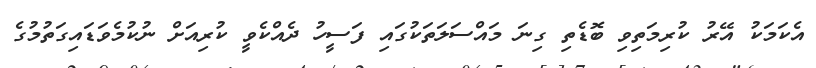
އެކަމަކު އޭރު ކުރިމަތިވި ބޮޑެތި ގިނަ މައްސަލަތަކުގައި ފަސީހު ދެއްކެވީ ކުރިއަށް ނުކުމެވަޑައިގަތުމުގެ